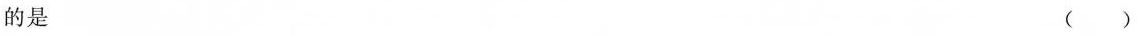
的是 ()